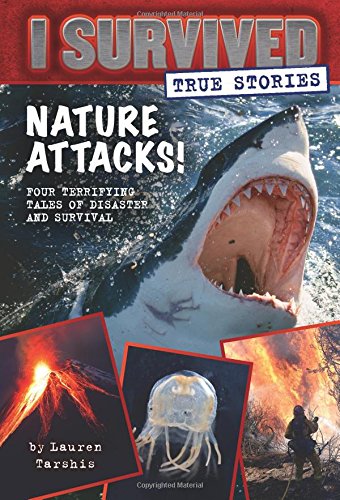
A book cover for Nature Attacks! (I Survived True Stories #2); Lauren Tarshis; Children's Books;